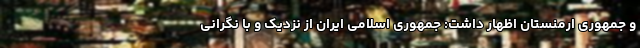
و جمهوری ارمنستان اظهار داشت: جمهوری اسلامی ایران از نزدیک و با نگرانی